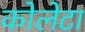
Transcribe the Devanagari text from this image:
कोलेटा